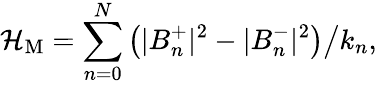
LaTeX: {\cal H}_{\mathrm{M}}=\sum_{n=0}^{N}\left.\left(|B_{n}^{+}|^{2}-|B_{n}^{-}|^{2}\right)\right/k_{n},